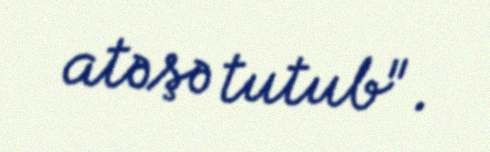
atəşə tutub".